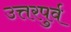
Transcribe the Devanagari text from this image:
उत्तरपुर्व